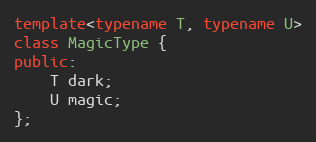
Language: C++
template<typename T, typename U>
class MagicType {
public:
    T dark;
    U magic;
};